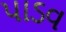
પાડવ